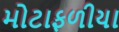
મોટાફળીયા